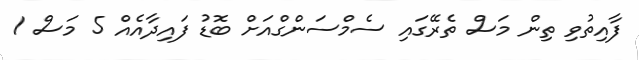
ފާއިތުވި ތިން މަސް ތެރޭގައި ސެމްސަންގްއަށް ބޮޑު ފައިދާއެއް 5 މަސް 1